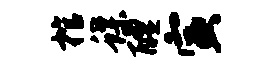
棺蝶醴寅